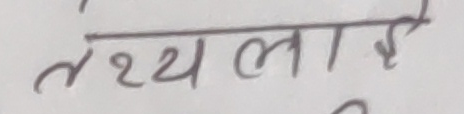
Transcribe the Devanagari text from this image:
तथ्यलाई